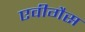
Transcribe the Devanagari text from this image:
एवीगैस